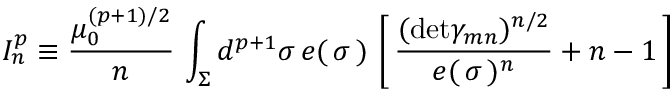
I _ { n } ^ { p } \equiv \frac { \mu _ { 0 } ^ { ( p + 1 ) / 2 } } { n } \, \int _ { \Sigma } d ^ { p + 1 } \sigma \, e ( \, \sigma \, ) \, \left[ \, { \frac { ( \mathrm { d e t } \gamma _ { m n } ) ^ { n / 2 } } { e ( \, \sigma \, ) ^ { n } } } + n - 1 \, \right]